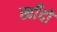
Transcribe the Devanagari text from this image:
खाँदो